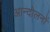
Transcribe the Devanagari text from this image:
आन्‍दोलनों